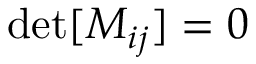
\operatorname* { d e t } [ M _ { i j } ] = 0